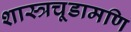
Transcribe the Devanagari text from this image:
शास्त्रचूडामणि